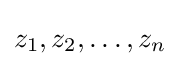
z_{1},z_{2},\dots ,z_{n}